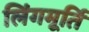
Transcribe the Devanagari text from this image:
लिंगमूर्ति